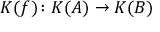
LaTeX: K ( f ) \colon K ( A ) \to K ( B )